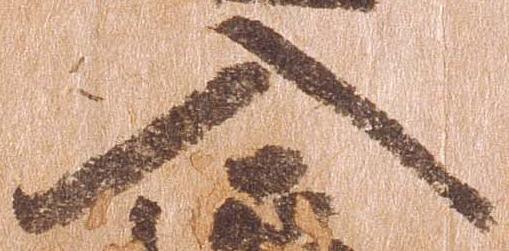
入